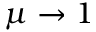
\mu \to 1